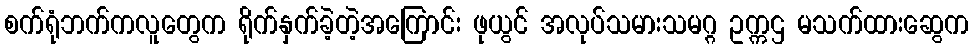
စက်ရုံဘက်ကလူတွေက ရိုက်နှက်ခဲ့တဲ့အကြောင်း ဖုယွင် အလုပ်သမားသမဂ္ဂ ဥက္ကဌ မသက်ထားဆွေက